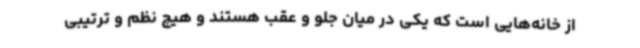
از خانه‌هایی است که یکی در میان جلو و عقب هستند و هیچ نظم و ترتیبی